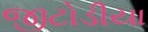
જીટોડીયા